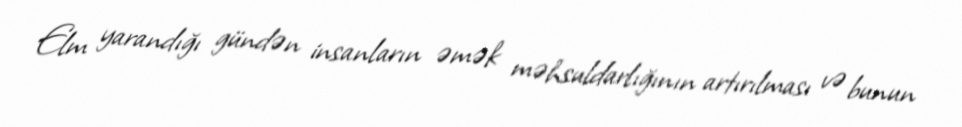
Elm yarandığı gündən insanların əmək məhsuldarlığının artırılması və bunun